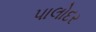
પાલોદર